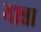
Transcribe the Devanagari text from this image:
यान्ना